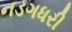
નડગધરી